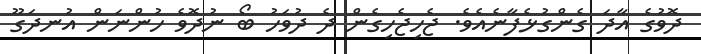
ދޮވުގެ އާދަ ގެންގުޅެފާނެއެވެ. ޖެހިޖެހިގެން ދެ ދުވަހު ބޯ ނުދޮވެ ހުންނަން އުނދަގޫ